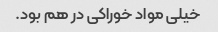
خیلی مواد خوراکی در هم بود.